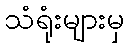
သံရုံးများမှ